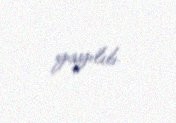
yayılıb.